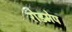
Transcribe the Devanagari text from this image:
रोडमेप